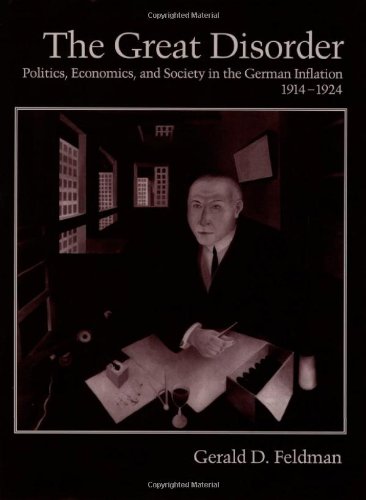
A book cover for The Great Disorder: Politics, Economics, and Society in the German Inflation, 1914-1924; Gerald D. Feldman; Business & Money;